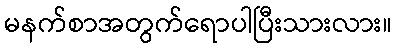
မနက်စာအတွက်ရောပါပြီးသားလား။